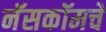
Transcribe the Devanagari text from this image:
नॅसकॉमचे